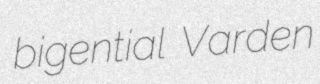
bigential Varden